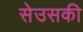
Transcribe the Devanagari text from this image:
सेउसकी